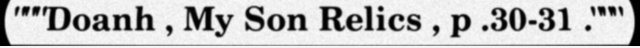
"""Doanh , My Son Relics , p .30-31 ."""